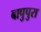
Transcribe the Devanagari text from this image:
बापुपुरा